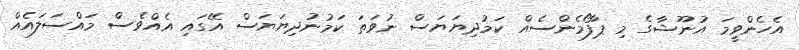
އެހެންވީމަ އުނޫޝާގެ މި ޕާފޯމެންސެއް ކަމުދިޔަޔަސް ނުވަތަ ކަމުނުދިޔަޔަސް އޭގައި އެއްވެސް މައްސަލައެއް